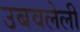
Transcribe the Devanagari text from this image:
उबवलेली